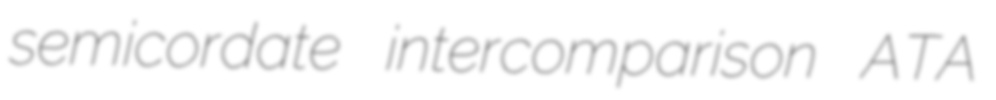
semicordate intercomparison ATA